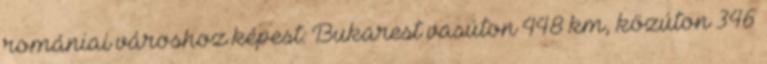
romániai városhoz képest: Bukarest vasúton 448 km, közúton 346